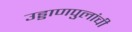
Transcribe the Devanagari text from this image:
उड्डाणपुलांची